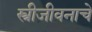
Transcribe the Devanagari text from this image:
स्त्रीजीवनाचे